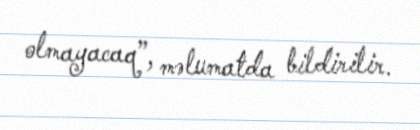
olmayacaq”, məlumatda bildirilir.